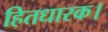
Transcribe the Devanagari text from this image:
हितधारक।